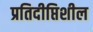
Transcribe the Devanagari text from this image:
प्रतिदीप्तिशील